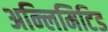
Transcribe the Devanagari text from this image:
अन्लिमिटिड